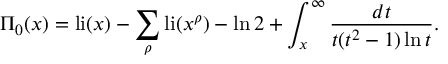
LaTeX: \Pi _ { 0 } ( x ) = \operatorname { l i } ( x ) - \sum _ { \rho } \operatorname { l i } ( x ^ { \rho } ) - \ln 2 + \int _ { x } ^ { \infty } { \frac { d t } { t ( t ^ { 2 } - 1 ) \ln t } } .